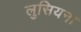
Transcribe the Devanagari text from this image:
लुसियना